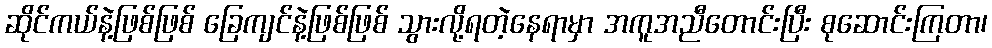
ဆိုင်ကယ်နဲ့ဖြစ်ဖြစ် ခြေကျင်နဲ့ဖြစ်ဖြစ် သွားလို့ရတဲ့နေရာမှာ အကူအညီတောင်းပြီး စုဆောင်းကြတာ၊